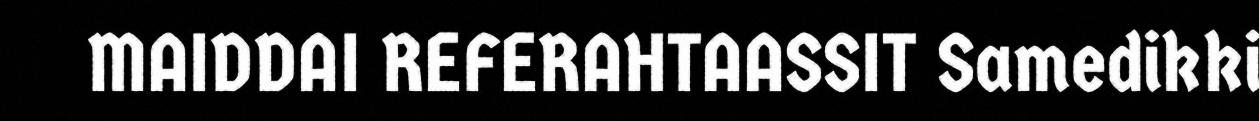
MAIDDAI REFERAHTAASSIT Samedikki